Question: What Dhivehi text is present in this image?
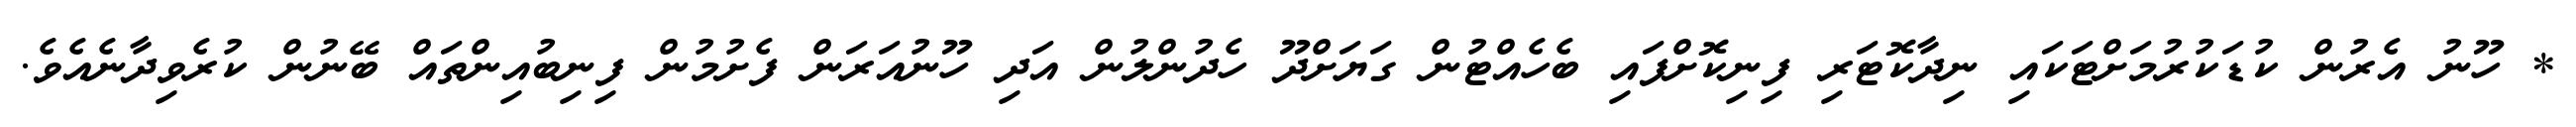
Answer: * ހޫނު އެރުން ކުޑަކުރުމަށްޓަކައި ނިދާކޮޓަރި ފިނިކޮށްފައި ބެހެއްޓުން ގަޔަށްދޫ ހެދުންލުން އަދި ހޫނުއަރަން ފެށުމުން ފިނިބުއިންތައް ބޭނުން ކުރެވިދާނެއެވެ.